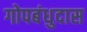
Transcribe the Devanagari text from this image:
गोपबंधुदास